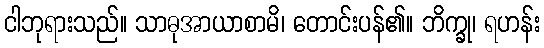
ငါဘုရားသည်။ သာဓုအာယာစာမိ၊ တောင်းပန်၏။ ဘိက္ခု၊ ရဟန်း